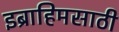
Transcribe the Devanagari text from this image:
इब्राहिमसाठी